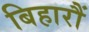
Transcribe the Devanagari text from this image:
बिहारौं